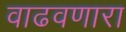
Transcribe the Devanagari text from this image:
वाढवणारा